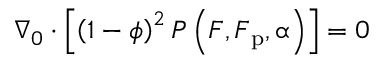
\nabla _ { 0 } \cdot \left[ \left( 1 - \phi \right) ^ { 2 } \boldsymbol { P } \left( \boldsymbol { F } , \boldsymbol { F } _ { \mathrm { p } } , \boldsymbol { \upalpha } \right) \right] = 0